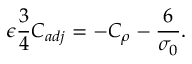
\epsilon \frac { 3 } { 4 } C _ { a d j } = - C _ { \rho } - \frac { 6 } { \sigma _ { 0 } } .